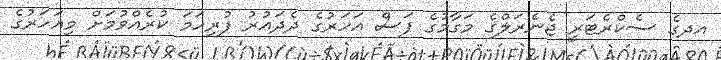
އދގެ ސެކްރެޓަރީ ޖެނެރަލްގެ މަގާމުގެ ފަސް އަހަރުގެ ދެދައުރު ފުރިހަމަ ކުރެއްވުމަށް މިއަހަރުގެ